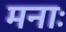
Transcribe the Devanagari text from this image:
मनाः